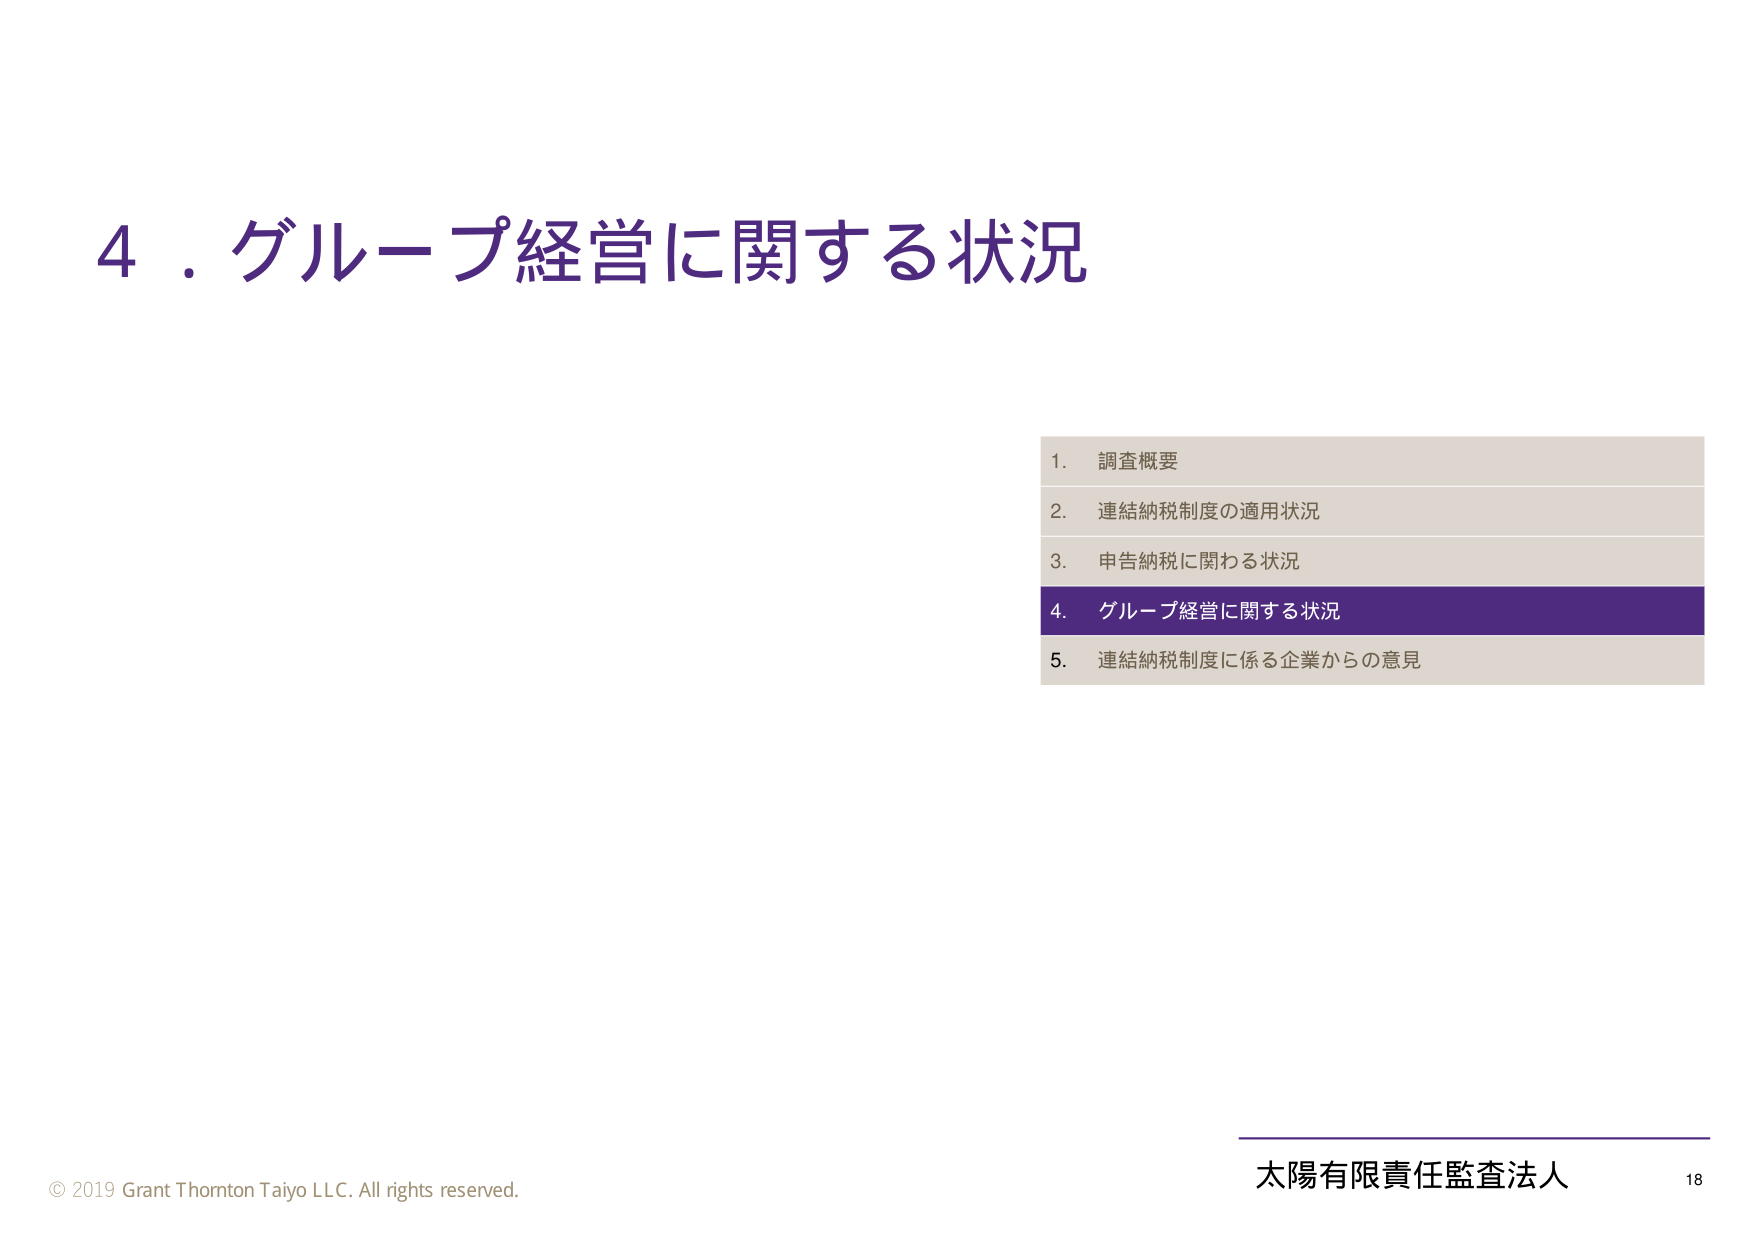
4．グループ経営に関する状況

1. 調査概要
2. 連結納税制度の適用状況
3. 申告納税に関わる状況
4. グループ経営に関する状況
5. 連結納税制度に係る企業からの意見

© 2019 Grant Thornton Taiyo LLC. All rights reserved.
太陽有限責任監査法人 18